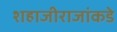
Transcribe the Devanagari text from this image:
शहाजीराजांकडे